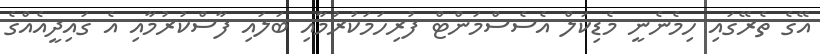
އޭގެ ތެރޭގައި ހިމެނެނީ މެޑިކަލް އެސެސްމަންޓް ފުރިހަމަކުރުމާއި ބަލައި ފާސްކުރުމާއި އެ ގައިދީއެއްގެ